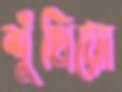
শুঁখিয়ো